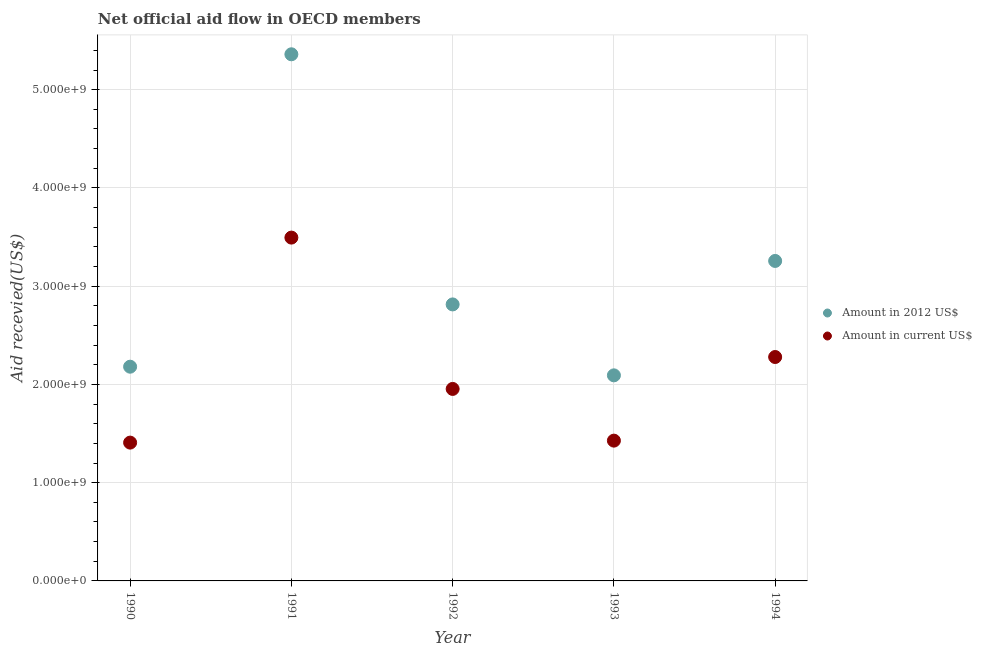
| Year | Amount in 2012 US$ | Amount in current US$ |
 | --- | --- | --- |
 | 1990 | 2.18e+09 | 1.41e+09 |
 | 1991 | 5.36e+09 | 3.49e+09 |
 | 1992 | 2.81e+09 | 1.95e+09 |
 | 1993 | 2.09e+09 | 1.43e+09 |
 | 1994 | 3.26e+09 | 2.28e+09 |